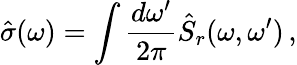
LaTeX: \hat{\sigma}(\omega)=\int\frac{d\omega^{\prime}}{2\pi}\hat{S}_{r}(\omega,\omega^{\prime})\, ,